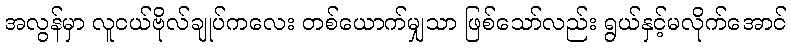
အလွန်မှာ လူငယ်ဗိုလ်ချုပ်ကလေး တစ်ယောက်မျှသာ ဖြစ်သော်လည်း ရွယ်နှင့်မလိုက်အောင်